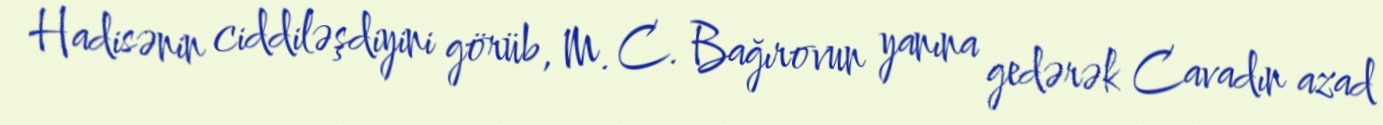
Hadisənin ciddiləşdiyini görüb, M. C. Bağırovun yanına gedərək Cavadın azad